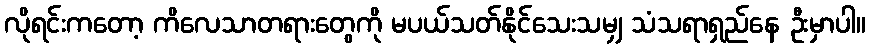
လိုရင်းကတော့ ကိလေသာတရားတွေကို မပယ်သတ်နိုင်သေးသမျှ သံသရာရှည်နေ ဦးမှာပါ။